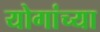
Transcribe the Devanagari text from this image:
योगांच्या